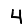
Digit: 4